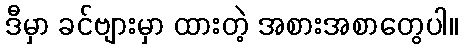
ဒီမှာ ခင်ဗျားမှာ ထားတဲ့ အစားအစာတွေပါ။